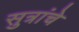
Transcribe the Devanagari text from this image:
सुत्रांचे